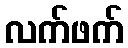
လက်ဖက်